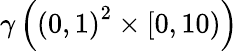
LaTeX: \gamma\left(\left(0,1\right)^{2}\times\left[0,10\right)\right)